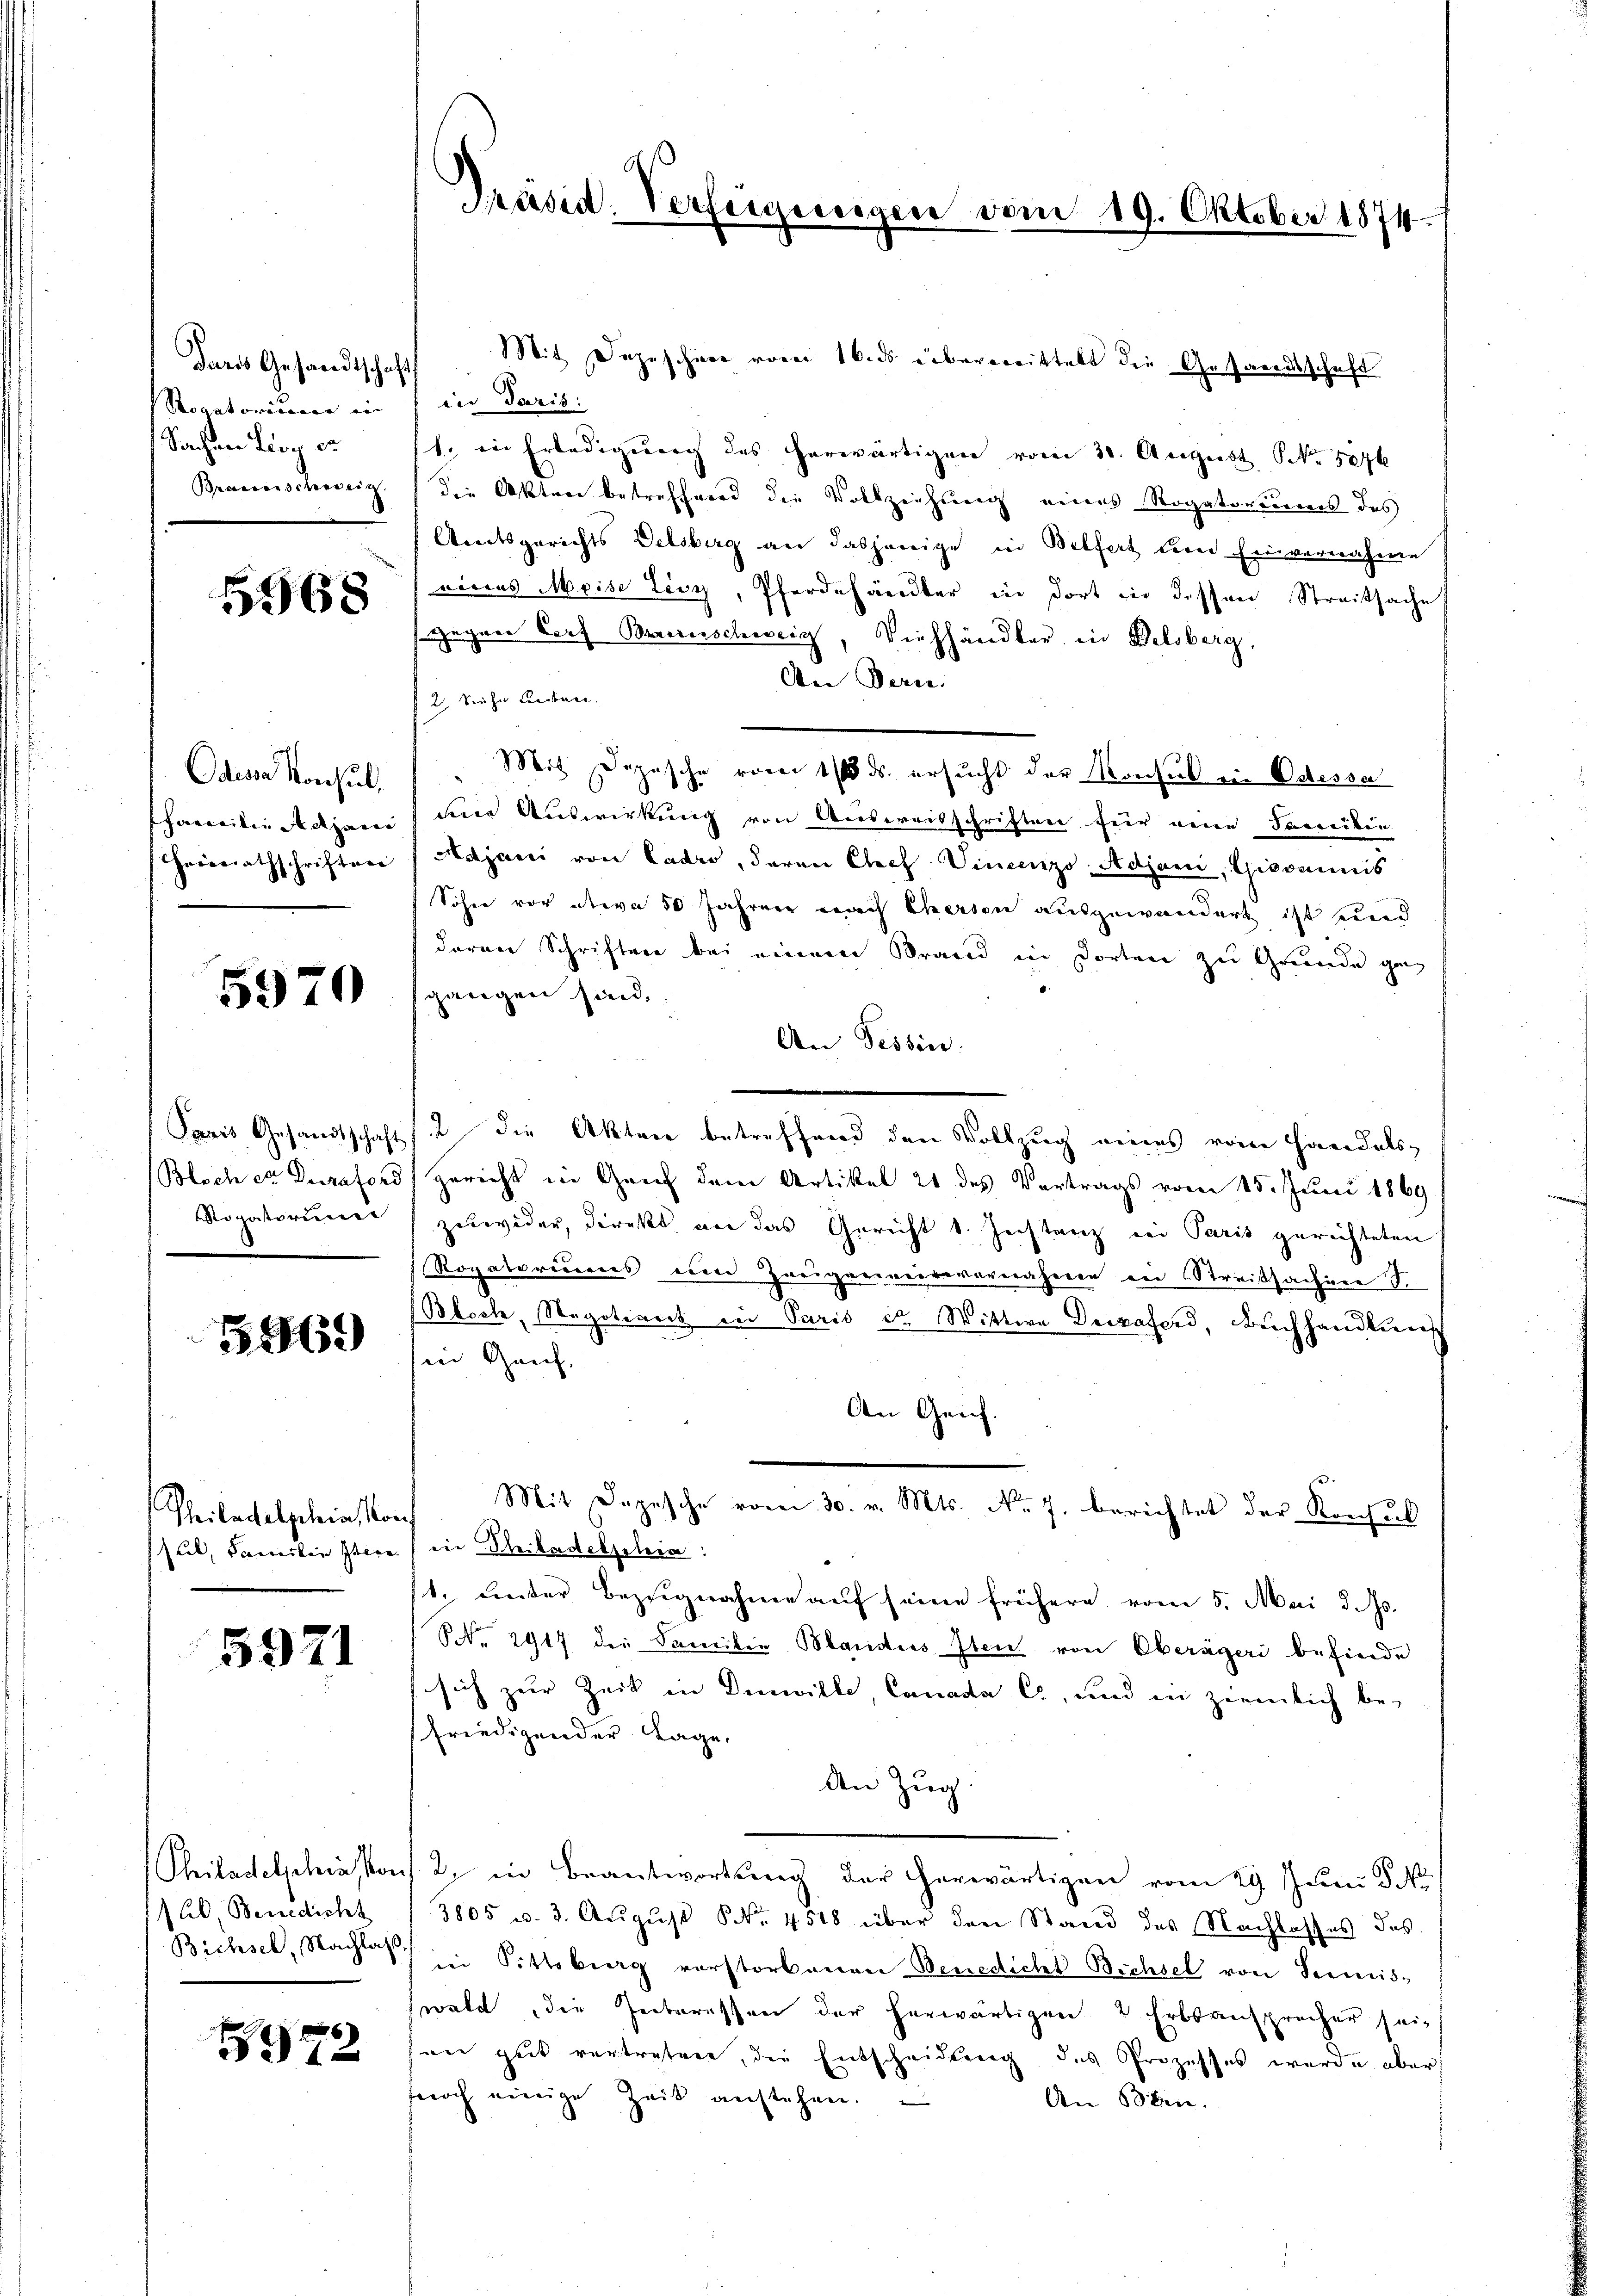
Daros Gesandtschaft
Rogatorium in
Sachen Lioy es

5568

Odessa Konsul,

5970

5969

Philadelphias Konf

5971

lb. Benedicht

73

Präsid. Verfügungen vom 19. Oktober 1874.

Mit Depeschere vom 16. ds überwittelt die Gesandtschaft
in Paris:
1. in Erledigung des herwärtigen vom 30. August, NNo. 5076
Braemischweiz die Akten betreffend die Vollziehung eines Rogatoreies des
Amtsgerichts Delsberg an dasjenige in Belfert um Einvernahme
eines Meise Lisy, Pferdehändter in dort in dessen Streitsache
Gegen Dorf Braunschweig, Viehhändler in Belsberg,
An Perce.
2. Siehe Leiben.
Mit Depesche vom 1/6 ds. ersucht der Konsul in Odessa
hamilie dation die Auswirkung von Ausweisschriften für neue Sacrikin
Heierrathschriften (Adjani von Cadro, daran Chef Vincenzs-Adjani, Gidominis
Sohne vor etwa 50 Jahren nach Cherson ausgewandert ist und
darau Schriften bei einem Brand in dorten zu Gruende gan
gangen sind,
An Tessin.
Paris Gesandtschaft (2 die Akten betreffend den Vollzug eines vom Handels-
Bloch er Duraford, gericht in Genf dem Artikel 21 des Vertrags vom 15. Juni 1869
Rogatorum (zuwider, direkt an das Gericht 1. Instanz in Paris gerichteten
Rogatoriums eine Zweigen verrevernahmen ein Streitsachere S.
Bloch, Negotiret in Paris et Wittwe Deizaferd, Buchhandlun
in Genf.
An Geich.
Mit Depesche vom 30. v. Mts. No. 7. berichtet der Konsul
suel, Familie steres in Beiladeljelia
1. Leser Bezugnahme auf seine frühere vom 5. Mai d. Js.
NNo. 2917 der Familie Blandus Iten von Oberägeri befinde
sich zur Zeit in Dinwille, Canada C., und in ziemlich be-
friedigender Lage,
An Zug
Philadelphiakons. 2. in Beantwortung der herwärtigen vom 29. Juni 13. No
3805 u. 3. Aŭgŭst No. 4518 über den Stand des Nachlasses des
Bichsel, Nachlas in Pittsburg verstorbenen Benedichi Bichsel von Seimis-
wald die Interessen der herwärtigen 2 Erbsansprecher seian gut vertretene, die Entscheidung des Prozesses wurde aber
fuoch einige Zeit anstehen.
An 53 den